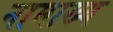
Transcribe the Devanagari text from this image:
नामाख्य